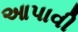
આપાવી